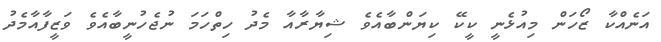
އަނެއްކާ ޒޯހަން މިއުޅެނީ ކީކޭ ކިޔަންބާއެވެ ޝިޔާރާއާ މެދު ހިތްހަމަ ނުޖެހުނީބާއެވެ ވަޒީފާއާމެދު